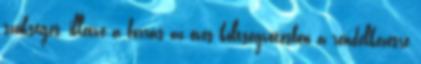
szükséges, illetve a forrás az éves költségvetésben a rendelkezésre